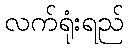
လက်ရုံးရည်